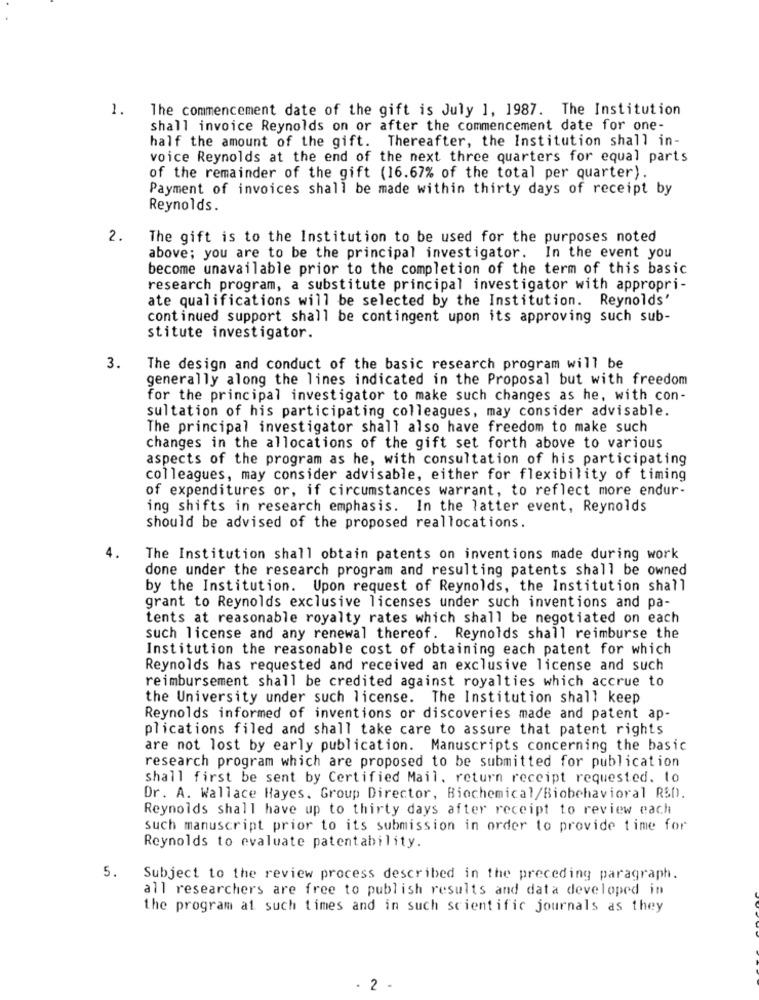
1. The commencement date of the gift is July 1, 1987. The Institution
shall invoice Reynolds on or after the commencement date for one-
half the amount of the gift. Thereafter, the Institution shall in-
voice Reynolds at the end of the next three quarters for equal parts
of the remainder of the gift (16.67% of the total per quarter).
Payment of invoices shall be made within thirty days of receipt by
Reynolds.
2.
The gift is to the Institution to be used for the purposes noted
above; you are to be the principal investigator. In the event you
become unavailable prior to the completion of the term of this basic
research program, a substitute principal investigator with appropri-
ate qualifications will be selected by the Institution. Reynolds'
continued support shall be contingent upon its approving such sub-
stitute investigator.
3.
The design and conduct of the basic research program will be
generally along the lines indicated in the Proposal but with freedom
for the principal investigator to make such changes as he, with con-
sultation of his participating colleagues, may consider advisable.
The principal investigator shall also have freedom to make such
changes in the allocations of the gift set forth above to various
aspects of the program as he, with consultation of his participating
colleagues, may consider advisable, either for flexibility of timing
of expenditures or, if circumstances warrant, to reflect more endur-
ing shifts in research emphasis. In the latter event, Reynolds
should be advised of the proposed reallocations.
4.
The Institution shall obtain patents on inventions made during work
done under the research program and resulting patents shall be owned
by the Institution. Upon request of Reynolds, the Institution shall
grant to Reynolds exclusive licenses under such inventions and pa-
tents at reasonable royalty rates which shall be negotiated on each
such license and any renewal thereof. Reynolds shall reimburse the
Institution the reasonable cost of obtaining each patent for which
Reynolds has requested and received an exclusive license and such
reimbursement shall be credited against royalties which accrue to
the University under such license. The Institution shall keep
Reynolds informed of inventions or discoveries made and patent ap-
plications filed and shall take care to assure that patent rights
are not lost by early publication. Manuscripts concerning the basic
research program which are proposed to be submitted for publication
shall first be sent by Certified Mail. return receipt requested. to
Dr. A. Wallace Hayes. Group Director, Biochemical/Biobehavioral R&D.
Reynolds shall have up to thirty days after receipt to review each
such manuscript prior to its submission in order to provide time for
Reynolds to evaluate patentability.
5.
Subject to the review process described in the preceding paragraph.
all researchers are free to publish results and data developed in
the program at such times and in such scientific journals as they
- 2 .